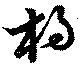
杓